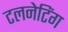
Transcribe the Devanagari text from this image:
टलनेटिंग